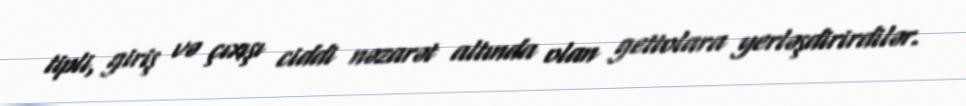
tipli, giriş və çıxışı ciddi nəzarət altında olan gettolara yerləşdirirdilər.